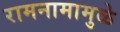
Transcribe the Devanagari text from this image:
रामनामामुळे